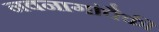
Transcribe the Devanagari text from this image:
नवनागांपैकी